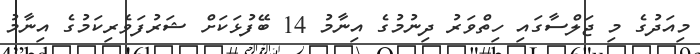
މިއަދުގެ މި ޖަލްސާގައި ހިތްވަރު ދިނުމުގެ އިނާމު 14 ބޭފުޅަކަށް ޝަރުފަވެރިކަމުގެ އިނާމު